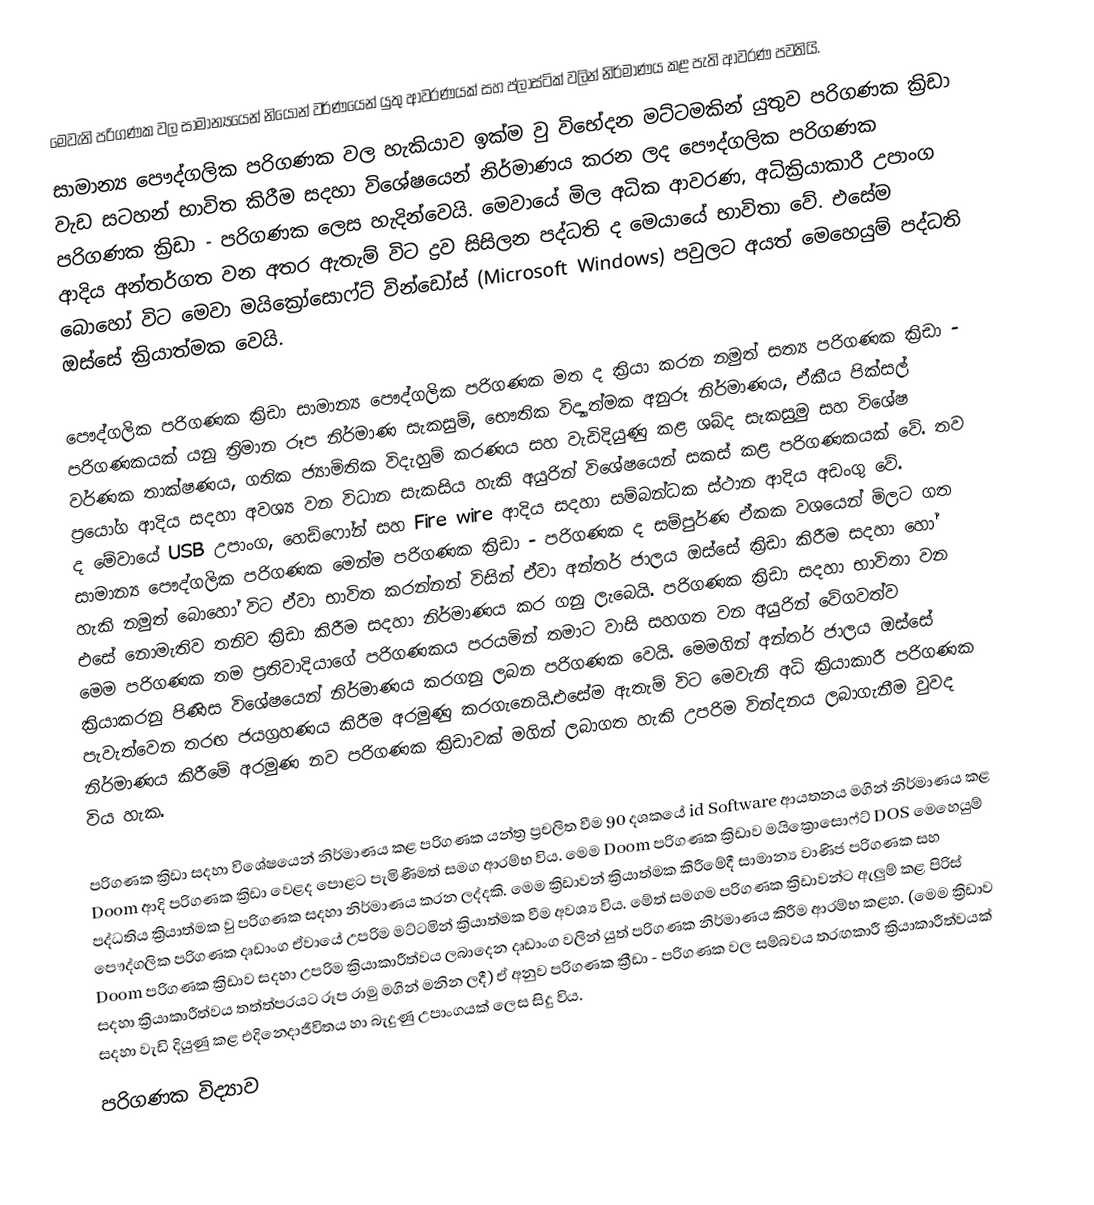
මෙවැනි පරිගණක වල සාමාන්‍යයෙන් නියෝන් වර්ණයෙන් යුතු	 ආවරණයක් සහ ප්ලාස්ටික් වලින් නිර්මාණය කළ පැති ආවරණ පවතියි.
සාමාන්‍ය පෞද්ගලික පරිගණක වල හැකියාව ඉක්ම වු විභේදන මට්ටමකින් යුතුව පරිගණක ක්‍රිඩා වැඩ සටහන් භාවිත කිරීම සදහා විශේෂයෙන් නිර්මාණය කරන ලද පෞද්ගලික පරිගණක පරිගණක ක්‍රිඩා - පරිගණක ලෙස හැදින්වෙයි. මෙවායේ මිල අධික ආවරණ, අධික්‍රියාකාරී උපාංග ආදිය අන්තර්ගත වන අතර ඇතැම් විට ද්‍රව සිසිලන පද්ධති ද මෙයායේ භාවිතා වේ. එසේම බොහෝ විට මෙවා මයික්‍රෝසොෆ්ට් වින්ඩෝස් (Microsoft Windows) පවුලට අයත් මෙහෙයුම් පද්ධති ඔස්සේ ක්‍රියාත්මක වෙයි.

පෞද්ගලික පරිගණක ක්‍රිඩා සාමාන්‍ය පෞද්ගලික පරිගණක මත ද ක්‍රියා කරන නමුත් සත්‍ය පරිගණක ක්‍රිඩා - පරිගණකයක් යනු ත්‍රිමාන රූප නිර්මාණ සැකසුම්, භෞතික විද්‍යාත්මක අනුරූ නිර්මාණය, ඒකීය පික්සල් වර්ණක තාක්ෂණය, ගතික ජ්‍යාමිතික විදැහුම් කරණය සහ වැඩිදියුණු කළ ශබ්ද සැකසුමු සහ විශේෂ ප්‍රයෝග ආදිය සදහා අවශ්‍ය  වන විධාන සැකසිය හැකි අයුරින් විශේෂයෙන් සකස් කළ පරිගණකයක් වේ. තව ද මේවායේ USB උපාංග, හෙඩ්ෆෝන් සහ Fire wire ආදිය සදහා සම්බන්ධක ස්ථාන ආදිය අඩංගු වේ. සාමාන්‍ය පෞද්ගලික පරිගණක මෙන්ම පරිගණක ක්‍රිඩා - පරිගණක ද සම්පුර්ණ ඒකක වශයෙන් මිලට ගත හැකි නමුත් බොහෝ විට ඒවා භාවිත කරන්නන් විසින් ඒවා අන්තර් ජාලය ඔස්සේ ක්‍රිඩා කිරීම සදහා හෝ එසේ නොමැතිව තනිව ක්‍රිඩා කිරීම සදහා නිර්මාණය කර ගනු ලැබෙයි. පරිගණක ක්‍රිඩා සදහා භාවිතා වන මෙම පරිගණක තම ප්‍රතිවාදියාගේ පරිගණකය පරයමින් තමාට වාසි සහගත වන අයුරින් වේගවත්ව ක්‍රියාකරනු පිණිස විශේෂයෙන් නිර්මාණය කරගනු ලබන පරිගණක වෙයි. මෙමගින් අන්තර් ජාලය ඔස්සේ පැවැත්වෙන තරඟ ජයග්‍රහණය කිරීම අරමුණු කරගැනෙයි.එසේම ඇතැම් විට මෙවැනි අධි ක්‍රියාකාරී පරිගණක නිර්මාණය කිරීමේ අරමුණ නව පරිගණක ක්‍රිඩාවක් මගින් ලබාගත හැකි උපරිම වින්දනය ලබාගැනීම වුවද විය හැක.

පරිගණක ක්‍රිඩා සදහා විශේෂයෙන් නිර්මාණය කළ පරිගණක යන්ත්‍ර ප්‍රචලිත වීම 90 දශකයේ id Software ආයතනය මගින් නිර්මාණය කළ Doom ආදි පරිගණක ක්‍රිඩා වෙළද පොළට පැමිණීමත් සමග ආරම්භ විය.  මෙම Doom පරිගණක ක්‍රිඩාව මයික්‍රොසොෆ්ට් DOS මෙහෙයුම් පද්ධතිය ක්‍රියාත්මක වු පරිගණක සදහා නිර්මාණය කරන ලද්දකි. මෙම ක්‍රිඩාවන් ක්‍රියාත්මක කිරීමේදී සාමාන්‍ය වාණිජ පරිගණක සහ පෞද්ගලික පරිගණක දෘඩාංග ඒවායේ උපරිම මට්ටමින් ක්‍රියාත්මක වීම අවශ්‍ය විය. මේත් සමගම පරිගණක ක්‍රිඩාවන්ට ඇලුම් කළ පිරිස් Doom පරිගණක ක්‍රිඩාව සදහා උපරිම ක්‍රියාකාරීත්වය ලබාදෙන දෘඩාංග වලින් යුත් පරිගණක නිර්මාණය කිරීම ආරම්භ කළහ. (මෙම ක්‍රිඩාව සදහා ක්‍රියාකාරීත්වය තත්ත්පරයට රූප රාමු මගින් මනින ලදී) ඒ අනුව පරිගණක ක්‍රීඩා - පරිගණක වල සම්බවය තරඟකාරී ක්‍රියාකාරීත්වයක් සදහා වැඩි දියුණු කළ එදිනෙදා‍ජීවිතය හා බැදුණු උපාංගයක් ලෙස සිදු විය.
පරිගණක විද්‍යාව